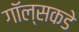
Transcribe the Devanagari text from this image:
गॉल्सकडे